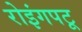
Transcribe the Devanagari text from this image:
रोइंगपटू